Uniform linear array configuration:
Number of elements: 12
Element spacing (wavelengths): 1
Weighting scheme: binomial
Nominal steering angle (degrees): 15
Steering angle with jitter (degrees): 13.99
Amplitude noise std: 0.05
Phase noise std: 0.05

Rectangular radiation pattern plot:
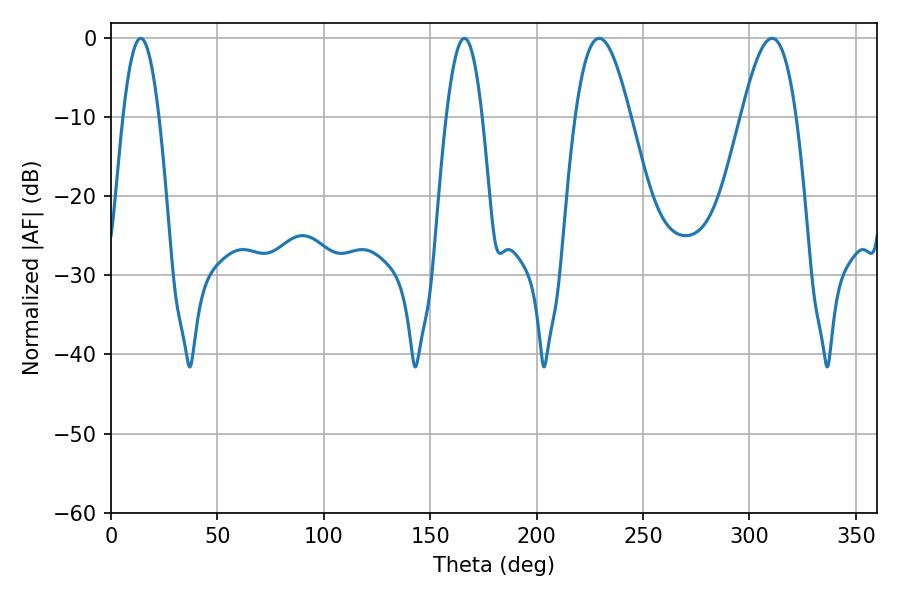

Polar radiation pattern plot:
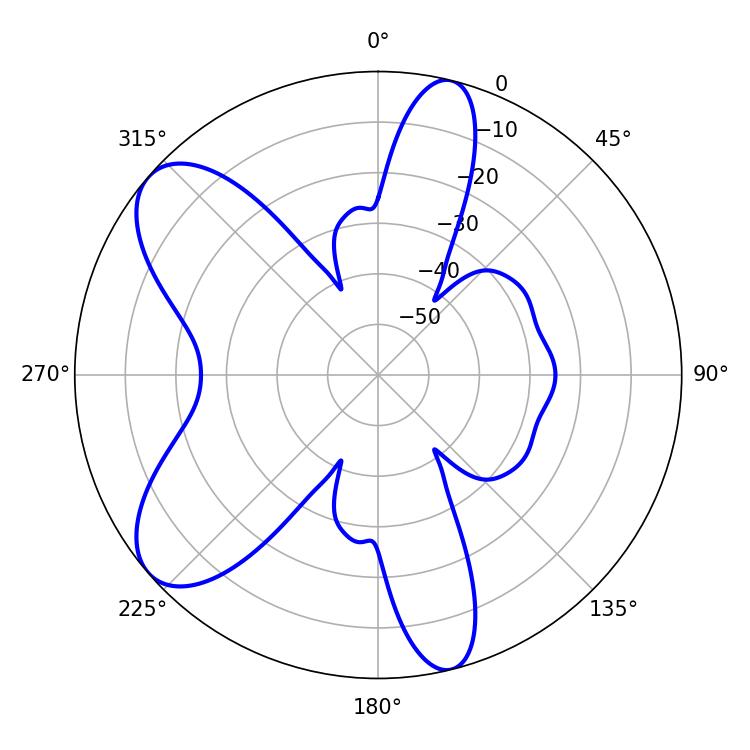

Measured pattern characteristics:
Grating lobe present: TRUE
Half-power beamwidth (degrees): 14.04
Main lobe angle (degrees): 229.32